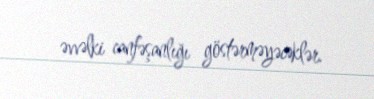
əvvəlki canfəşanlığı göstərməyəcəklər.